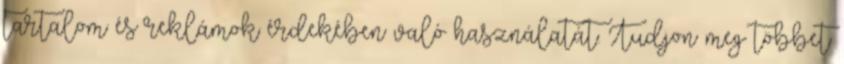
tartalom és reklámok érdekében való használatát. Tudjon meg többet